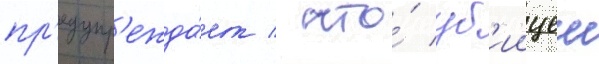
пр'едупр'ежда́ет / что́ уб'иицеи